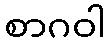
စာဂဝါ